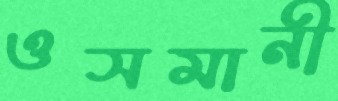
ওসমানী